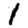
Digit: 1